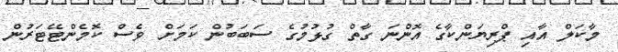
މާކަލް އާއި ޕްރިޔަންކާގެ އޮންނަ ގާތް ގުޅުމުގެ ސަބަބުން ކަމަށް ވެސް ކޮމެންޓޭޓަރުން